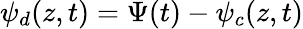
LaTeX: \psi_{d}(z,t)=\Psi(t)-\psi_{c}(z,t)